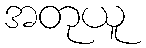
အတုယူ